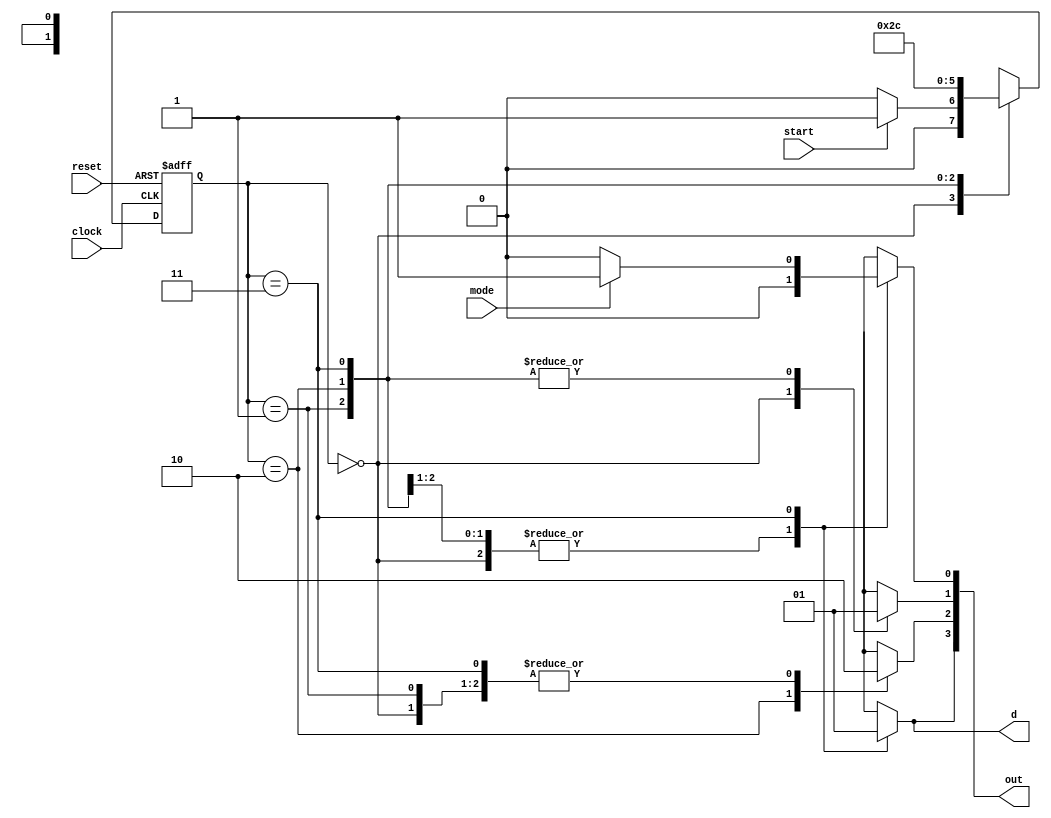
module control_unit
(
    input clock, reset, start, mode,
    output reg d,
    output reg [3:0] out
);


parameter   A = 2'b00,
            B = 2'b01,
            C = 2'b10,
            D = 2'b11;
reg [1:0] current_state, next_state;

always@(*)
begin
    case(current_state)
    A:      if(start == 1)begin
                next_state = B;
            end
            else begin
                next_state = A;
            end
    B:      next_state = C;
    C:      next_state = D;
    D:      next_state = A;
            
    endcase
end

//OG
always@(*)
    case(current_state)
    A:  begin 
        out[3:0] = 0; 
        d = 0;
        end
    B:  begin
        out[0] = 0;
        out[1] = 1;
        out[2] = 0;
        out[3] = 0;
        d = 0; 
        end
    C:  begin
        out[0] = 0;
        out[1] = 1;
        out[2] = 1;
        out[3] = 0;
        d = 0; 
        end
    D:  if (mode ==0)begin
            out[0] = 0;
            out[1] = 1;
            out[2] = 0;
            out[3] = 1;
            d = 1;
        end
        else begin
            out[0] = 1;
            out[1] = 1;
            out[2] = 0;
            out[3] = 1;
            d = 1;
        end
    endcase



always@(posedge clock, posedge reset)
begin
        if(reset==1)
            current_state <=A;
        else
            current_state <= next_state;
end
endmodule